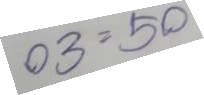
03 = 50